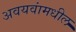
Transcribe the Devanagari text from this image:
अवयवांमधील